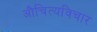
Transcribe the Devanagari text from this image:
औचित्यविचार